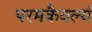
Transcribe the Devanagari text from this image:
परमकैवल्यं